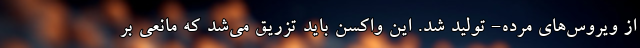
از ویروس‌های مرده- تولید شد. این واکسن باید تزریق می‌شد که مانعی بر